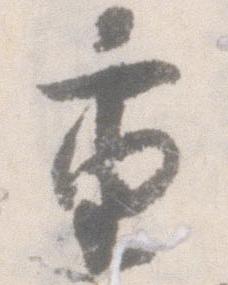
重